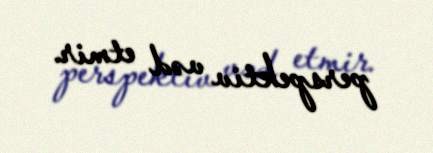
perspektiv vəd etmir.